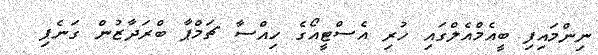
ނިންމައިފި ބީއެމްއެލްގައި ހުރި އެސްޓީއޯގެ ހިއްސާ ޗަމްޕާ ބްރަދާޒުން ގަނެފި